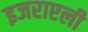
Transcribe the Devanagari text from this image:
इजराएली